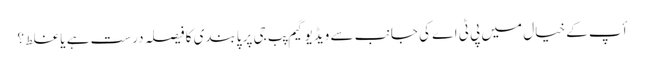
أپ کے خیال میں پی ٹی اے کی جانب سے ویڈیو گیم پب جی پر پابندی کا فیصلہ درست ہے یا غلط ؟